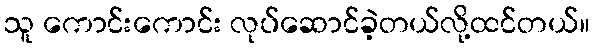
သူ ကောင်းကောင်း လုပ်ဆောင်ခဲ့တယ်လို့ထင်တယ်။